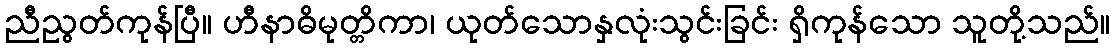
ညီညွတ်ကုန်ပြီ။ ဟီနာဓိမုတ္တိကာ၊ ယုတ်သောနှလုံးသွင်းခြင်း ရှိကုန်သော သူတို့သည်။